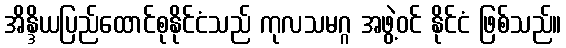
အိန္ဒိယပြည်ထောင်စုနိုင်ငံသည် ကုလသမဂ္ဂ အဖွဲ့ဝင် နိုင်ငံ ဖြစ်သည်။